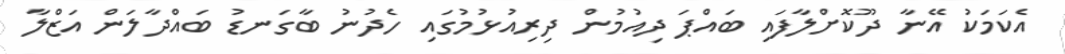
އެކަމަކު އޭނާ ދޫކޮށްލާފައި ބައްޕަ ދިއުމުން ދިރިއުޅުމުގައި ހެދުނު ބާގަނޑު ބައްދާލަން އަޒްލާ